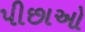
પીછાઓ